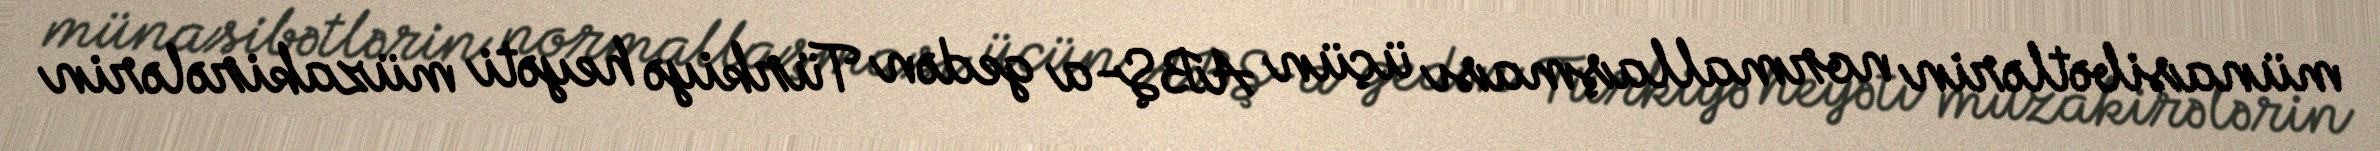
münasibətlərin normallaşması üçün ABŞ-a gedən Türkiyə heyəti müzakirələrin